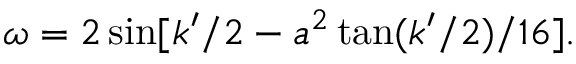
\begin{array} { r } { \omega = 2 \sin [ k ^ { \prime } / 2 - a ^ { 2 } \tan ( k ^ { \prime } / 2 ) / 1 6 ] . } \end{array}